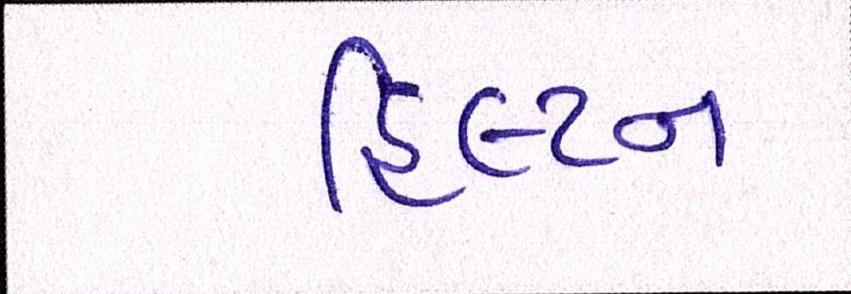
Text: હિલ્ટન